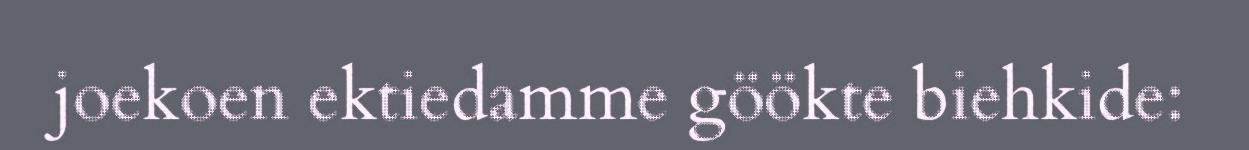
joekoen ektiedamme göökte biehkide: